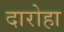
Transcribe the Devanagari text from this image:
दारोहा